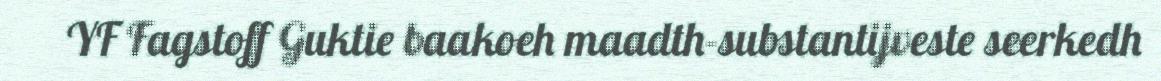
YF Fagstoff Guktie baakoeh maadth-substantijveste seerkedh